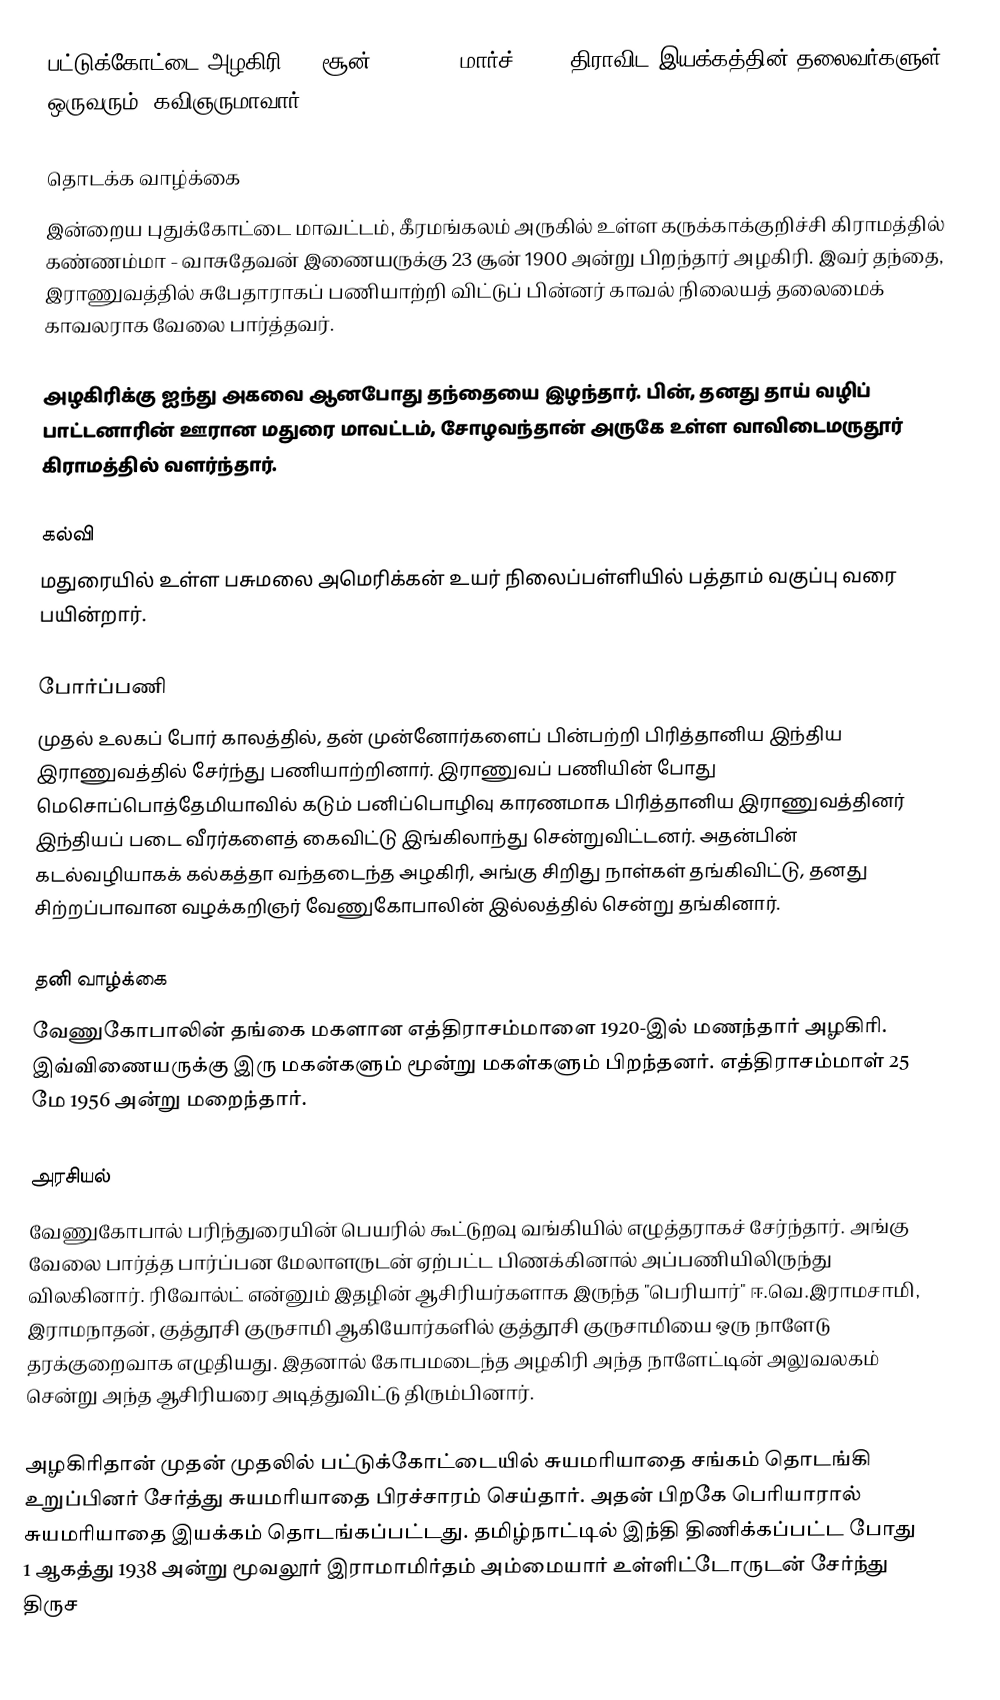
பட்டுக்கோட்டை அழகிரி (23 சூன் 1900 - 28 மார்ச் 1949) திராவிட இயக்கத்தின் தலைவர்களுள் ஒருவரும், கவிஞருமாவார்.

தொடக்க வாழ்க்கை
இன்றைய புதுக்கோட்டை மாவட்டம், கீரமங்கலம் அருகில் உள்ள கருக்காக்குறிச்சி கிராமத்தில்  கண்ணம்மா - வாசுதேவன் இணையருக்கு 23 சூன் 1900 அன்று பிறந்தார் அழகிரி. இவர் தந்தை, இராணுவத்தில் சுபேதாராகப் பணியாற்றி விட்டுப் பின்னர் காவல் நிலையத் தலைமைக் காவலராக வேலை பார்த்தவர்.

அழகிரிக்கு ஐந்து அகவை ஆனபோது தந்தையை இழந்தார். பின், தனது தாய் வழிப் பாட்டனாரின் ஊரான மதுரை மாவட்டம், சோழவந்தான் அருகே உள்ள வாவிடைமருதூர்  கிராமத்தில் வளர்ந்தார்.

கல்வி
மதுரையில் உள்ள பசுமலை அமெரிக்கன் உயர் நிலைப்பள்ளியில் பத்தாம் வகுப்பு வரை பயின்றார்.

போர்ப்பணி
முதல் உலகப் போர் காலத்தில், தன் முன்னோர்களைப் பின்பற்றி பிரித்தானிய இந்திய இராணுவத்தில் சேர்ந்து பணியாற்றினார். இராணுவப் பணியின் போது மெசொப்பொத்தேமியாவில் கடும் பனிப்பொழிவு காரணமாக பிரித்தானிய இராணுவத்தினர் இந்தியப் படை வீரர்களைத் கைவிட்டு இங்கிலாந்து சென்றுவிட்டனர். அதன்பின் கடல்வழியாகக் கல்கத்தா வந்தடைந்த அழகிரி, அங்கு சிறிது நாள்கள் தங்கிவிட்டு, தனது சிற்றப்பாவான வழக்கறிஞர் வேணுகோபாலின் இல்லத்தில் சென்று தங்கினார்.

தனி வாழ்க்கை
வேணுகோபாலின் தங்கை மகளான எத்திராசம்மாளை 1920-இல் மணந்தார் அழகிரி. இவ்விணையருக்கு இரு மகன்களும் மூன்று மகள்களும் பிறந்தனர். எத்திராசம்மாள் 25 மே 1956 அன்று மறைந்தார்.

அரசியல்
வேணுகோபால் பரிந்துரையின் பெயரில் கூட்டுறவு வங்கியில் எழுத்தராகச் சேர்ந்தார். அங்கு வேலை பார்த்த பார்ப்பன மேலாளருடன் ஏற்பட்ட பிணக்கினால் அப்பணியிலிருந்து விலகினார்.  ரிவோல்ட் என்னும் இதழின் ஆசிரியர்களாக இருந்த "பெரியார்" ஈ.வெ.இராமசாமி, இராமநாதன், குத்தூசி குருசாமி ஆகியோர்களில் குத்தூசி குருசாமியை  ஒரு நாளேடு தரக்குறைவாக எழுதியது. இதனால் கோபமடைந்த அழகிரி அந்த நாளேட்டின் அலுவலகம் சென்று அந்த ஆசிரியரை அடித்துவிட்டு திரும்பினார்.

அழகிரிதான் முதன் முதலில் பட்டுக்கோட்டையில் சுயமரியாதை சங்கம் தொடங்கி உறுப்பினர் சேர்த்து சுயமரியாதை பிரச்சாரம் செய்தார். அதன் பிறகே பெரியாரால்  சுயமரியாதை இயக்கம் தொடங்கப்பட்டது. தமிழ்நாட்டில் இந்தி திணிக்கப்பட்ட போது 1 ஆகத்து 1938 அன்று மூவலூர் இராமாமிர்தம் அம்மையார் உள்ளிட்டோருடன் சேர்ந்து திருச